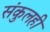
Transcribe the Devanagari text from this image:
संकुलही